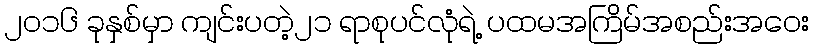
၂၀၁၆ ခုနှစ်မှာ ကျင်းပတဲ့၂၁ ရာစုပင်လုံရဲ့ ပထမအကြိမ်အစည်းအဝေး